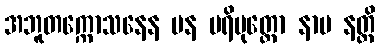
အဘူတက္ကောသနေန ပန ပရိမုတ္တော နာမ နတ္ထိ